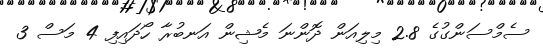
ސެމްސަންގުގެ 2.8 މިލިއަން ދޮންނަ މެޝިން އަނބުރާ ހޯދައިފި 4 މަސް 3